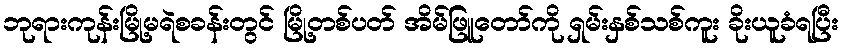
ဘုရားကုန်းမြို့မရဲစခန်းတွင် မြို့တစ်ပတ် အိမ်ဖြူတော်ကို ရှမ်းနှစ်သစ်ကူး ခိုးယူခံရပြီး